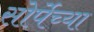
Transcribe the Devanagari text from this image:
सोर्पेच्या